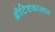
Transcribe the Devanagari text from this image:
ब्रीटिशकालात